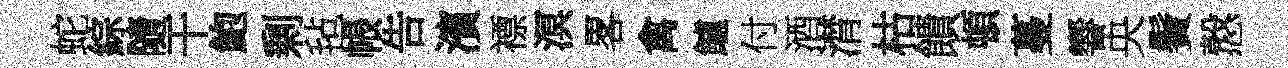
蛇綜隨干鮑剰毡帳告濱褾溟畧禽鱸付酒潸枯饋頓蔓響央鬢慤